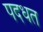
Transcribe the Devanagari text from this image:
पदधत